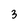
Character: 3